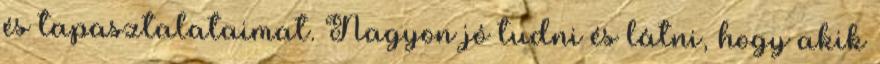
és tapasztalataimat. Nagyon jó tudni és látni, hogy akik